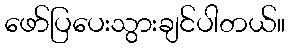
ဖော်ပြပေးသွားချင်ပါတယ်။